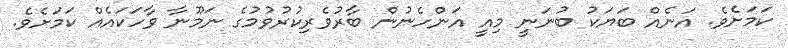
ކަމަށެވެ. އަނެއް ބަޔަކު ބުނަނީ މިއީ އަންހެނުން ބާރުވެރިކުރުވުމުގެ ނަމޫނާ ވާހަކައެއް ކަމަށެވެ.